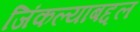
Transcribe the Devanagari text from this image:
जिंकल्याबद्दल